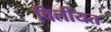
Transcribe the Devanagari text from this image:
विलीयत